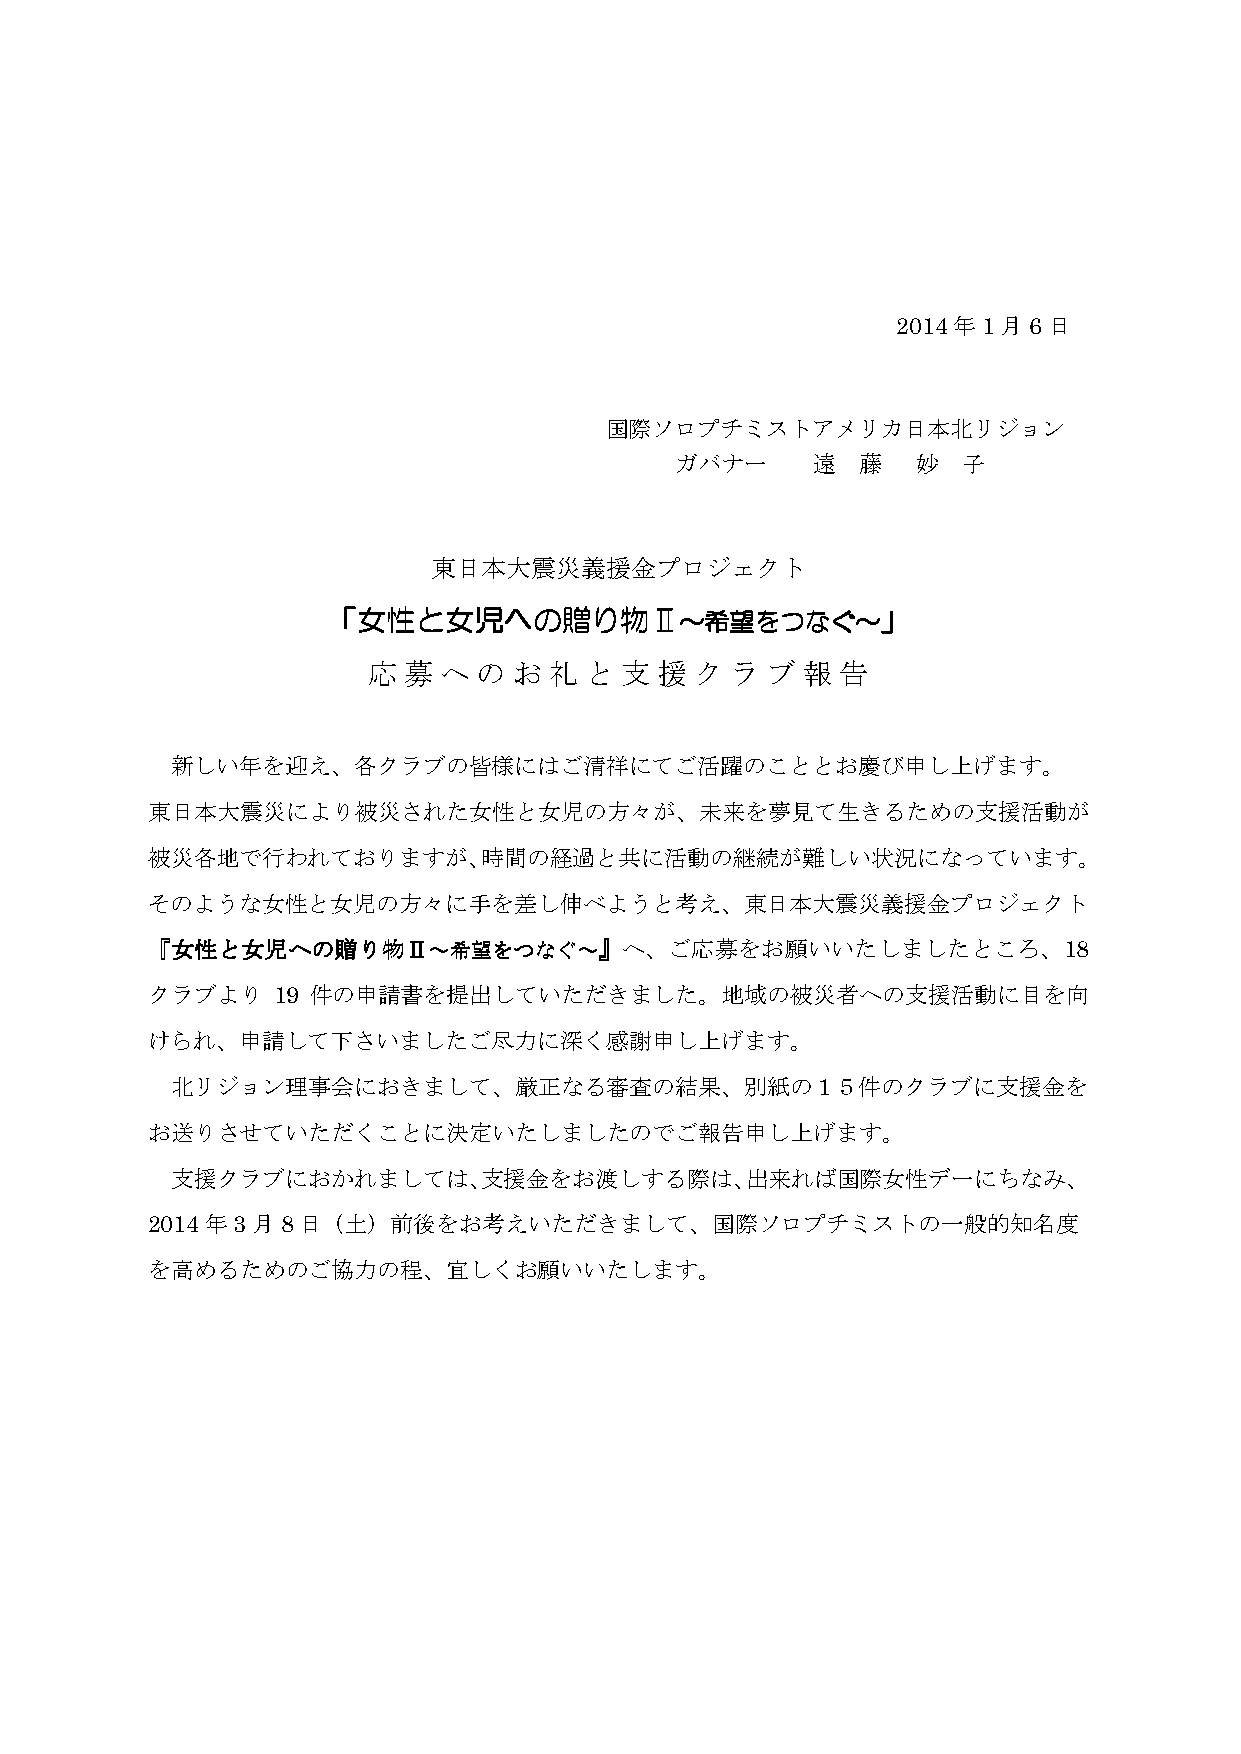
2014年1月6日
 国際ソロプチミストアメリカ日本北リジョン
 ガバナー     遠  藤   妙  子
 東日本大震災義援金プロジェクト
 「「「「女女女女性性性性とととと女女女女児児児児へへへへのののの贈贈贈贈りりりり物物物物ⅡⅡⅡⅡ～～～～希希希希望望望望ををををつつつつななななぐぐぐぐ～～～～」」」」
 応  募 へ  の お 礼  と 支  援 ク ラ  ブ 報  告
 新しい年を迎え、各クラブの皆様にはご清祥にてご活躍のこととお慶び申し上げます。
 東日本大震災により被災された女性と女児の方々が、未来を夢見て生きるための支援活動が
 被災各地で行われておりますが、時間の経過と共に活動の継続が難しい状況になっています。
 そのような女性と女児の方々に手を差し伸べようと考え、東日本大震災義援金プロジェクト
 『『『『女女女女性性性性とととと女女女女児児児児へへへへのののの贈贈贈贈りりりり物物物物ⅡⅡⅡⅡ～～～～希希希希望望望望ををををつつつつななななぐぐぐぐ～～～～』』』』へ、ご応募をお願いいたしましたところ、18
 クラブより   19 件の申請書を提出していただきました。地域の被災者への支援活動に目を向
 けられ、申請して下さいましたご尽力に深く感謝申し上げます。
 北リジョン理事会におきまして、厳正なる審査の結果、別紙の１５件のクラブに支援金を
 お送りさせていただくことに決定いたしましたのでご報告申し上げます。
 支援クラブにおかれましては、支援金をお渡しする際は、出来れば国際女性デーにちなみ、
 2014年3月8日（土）前後をお考えいただきまして、国際ソロプチミストの一般的知名度
 を高めるためのご協力の程、宜しくお願いいたします。